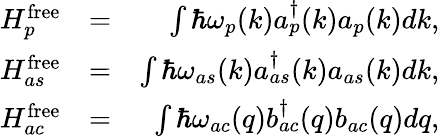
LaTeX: \begin{array}{rlr}{H_{p}^{\mathrm{free}}}&{=}&{\int\hbar\omega_{p}(k)a_{p}^{\dagger}(k)a_{p}(k)dk,}\\ {H_{as}^{\mathrm{free}}}&{=}&{\int\hbar\omega_{as}(k)a_{as}^{\dagger}(k)a_{as}(k)dk,}\\ {H_{ac}^{\mathrm{free}}}&{=}&{\int\hbar\omega_{ac}(q)b_{ac}^{\dagger}(q)b_{ac}(q)dq,}\end{array}